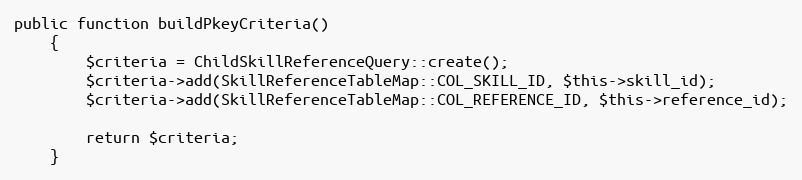
Language: PHP
public function buildPkeyCriteria()
    {
        $criteria = ChildSkillReferenceQuery::create();
        $criteria->add(SkillReferenceTableMap::COL_SKILL_ID, $this->skill_id);
        $criteria->add(SkillReferenceTableMap::COL_REFERENCE_ID, $this->reference_id);

        return $criteria;
    }